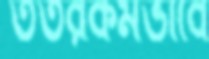
ততরকমভাবে